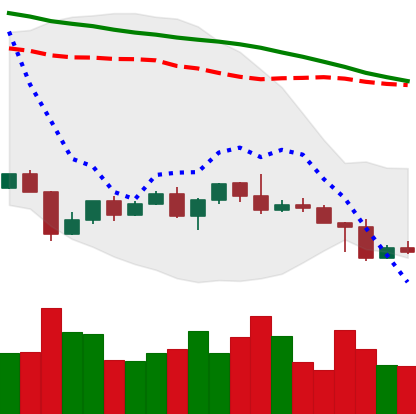
Ticker: NEO-USD
Chart end date: 2022-04-28
Forward return: -6.661%
Label: down_5_7